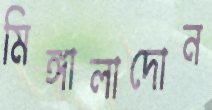
মিঙ্গালাদোন